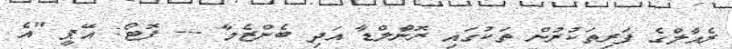
ރެއާލްގެ ފަރިތަކުރުން ތަކުގައި ރޮނާްލްޑާ އަދި ބެންޒެމާ --- ފޮޓޯ: އޭޕީ "އެ